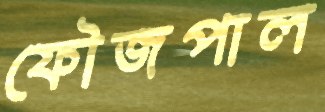
ফৌজপাল